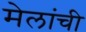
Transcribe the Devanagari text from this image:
मेलांची